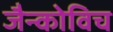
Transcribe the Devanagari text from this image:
जैन्कोविच